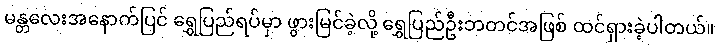
မန္တလေးအနောက်ပြင် ရွှေပြည်ရပ်မှာ ဖွားမြင်ခဲ့လို့ ရွှေပြည်ဦးဘတင်အဖြစ် ထင်ရှားခဲ့ပါတယ်။